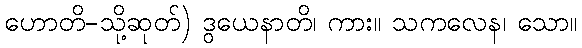
ဟောတိ-သို့ဆုတ်) ဒွယေနာတိ၊ ကား။ သကလေန၊ သော။